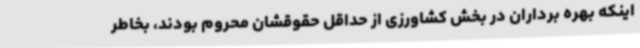
اینکه بهره برداران در بخش کشاورزی از حداقل حقوقشان محروم بودند، بخاطر